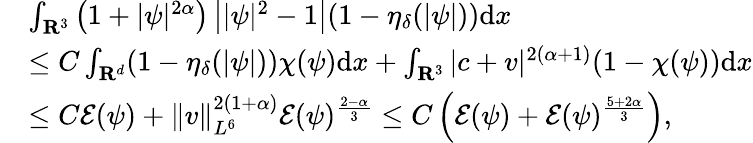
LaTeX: \begin{array}{rl}&{\int_{{\mathbf R}^{3}}\left(1+|\psi|^{2\alpha}\right)\left||\psi|^{2}-1\right|(1-\eta_{\delta}(|\psi|))\mathrm dx}\\ &{\leq C\int_{{\mathbf R}^{d}}(1-\eta_{\delta}(|\psi|))\chi(\psi)\mathrm dx+\int_{{\mathbf R}^{3}}|c+v|^{2(\alpha+1)}(1-\chi(\psi))\mathrm dx}\\ &{\leq C\mathcal{E}(\psi)+\| v\| _{L^{6}}^{2(1+\alpha)}\mathcal{E}(\psi)^{\frac{2-\alpha}{3}}\leq C\left(\mathcal{E}(\psi)+\mathcal{E}(\psi)^{\frac{5+2\alpha}{3}}\right),}\end{array}